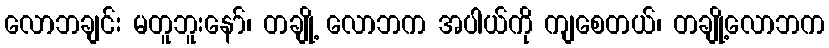
လောဘချင်း မတူဘူးနော်၊ တချို့ လောဘက အပါယ်ကို ကျစေတယ်၊ တချို့လောဘက